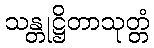
သန္တုဋ္ဌိတာသုတ္တံ